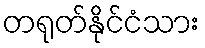
တရုတ်နိုင်ငံသား